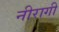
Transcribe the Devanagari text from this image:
नीरागी